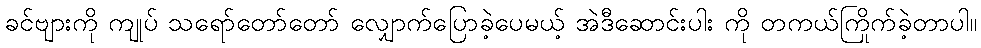
ခင်ဗျားကို ကျုပ် သရော်တော်တော် လျှောက်ပြောခဲ့ပေမယ့် အဲဒီဆောင်းပါး ကို တကယ်ကြိုက်ခဲ့တာပါ။